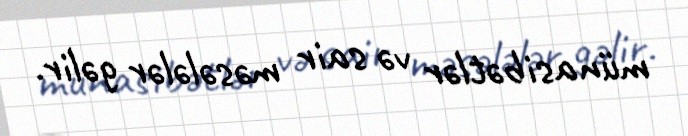
münasibətlər və sair məsələlər gəlir.